Language: tamil
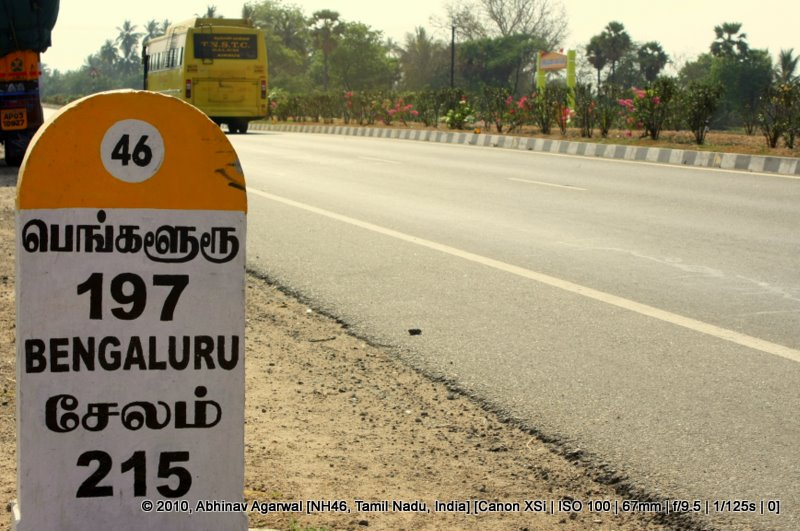
Transcription: பெங்களூரூ சேலம்